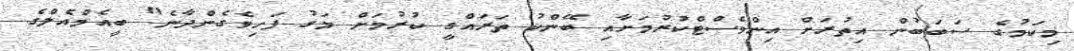
މިކަމުގެ ސަބަބުން އިތުރަށް އިންވެސްޓްކުރުމަށާއި ބޭންކު ތަރައްގީ ކުރުމަށް މަގު ފަހިވެގެންދާނެ" ބީއެމްއެލްގެ